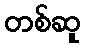
တစ်ဆူ